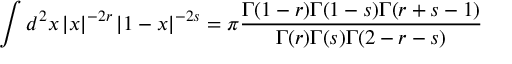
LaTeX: \int d ^ { 2 } x \left| x \right| ^ { - 2 r } \left| 1 - x \right| ^ { - 2 s } = \pi \frac { \Gamma ( 1 - r ) \Gamma ( 1 - s ) \Gamma ( r + s - 1 ) } { \Gamma ( r ) \Gamma ( s ) \Gamma ( 2 - r - s ) }